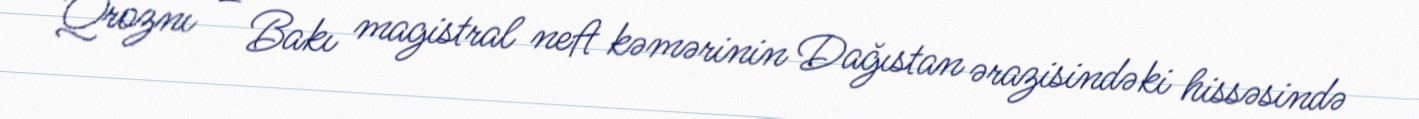
Qroznı – Bakı magistral neft kəmərinin Dağıstan ərazisindəki hissəsində